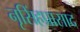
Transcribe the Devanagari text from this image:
नृसिंहप्रासाद